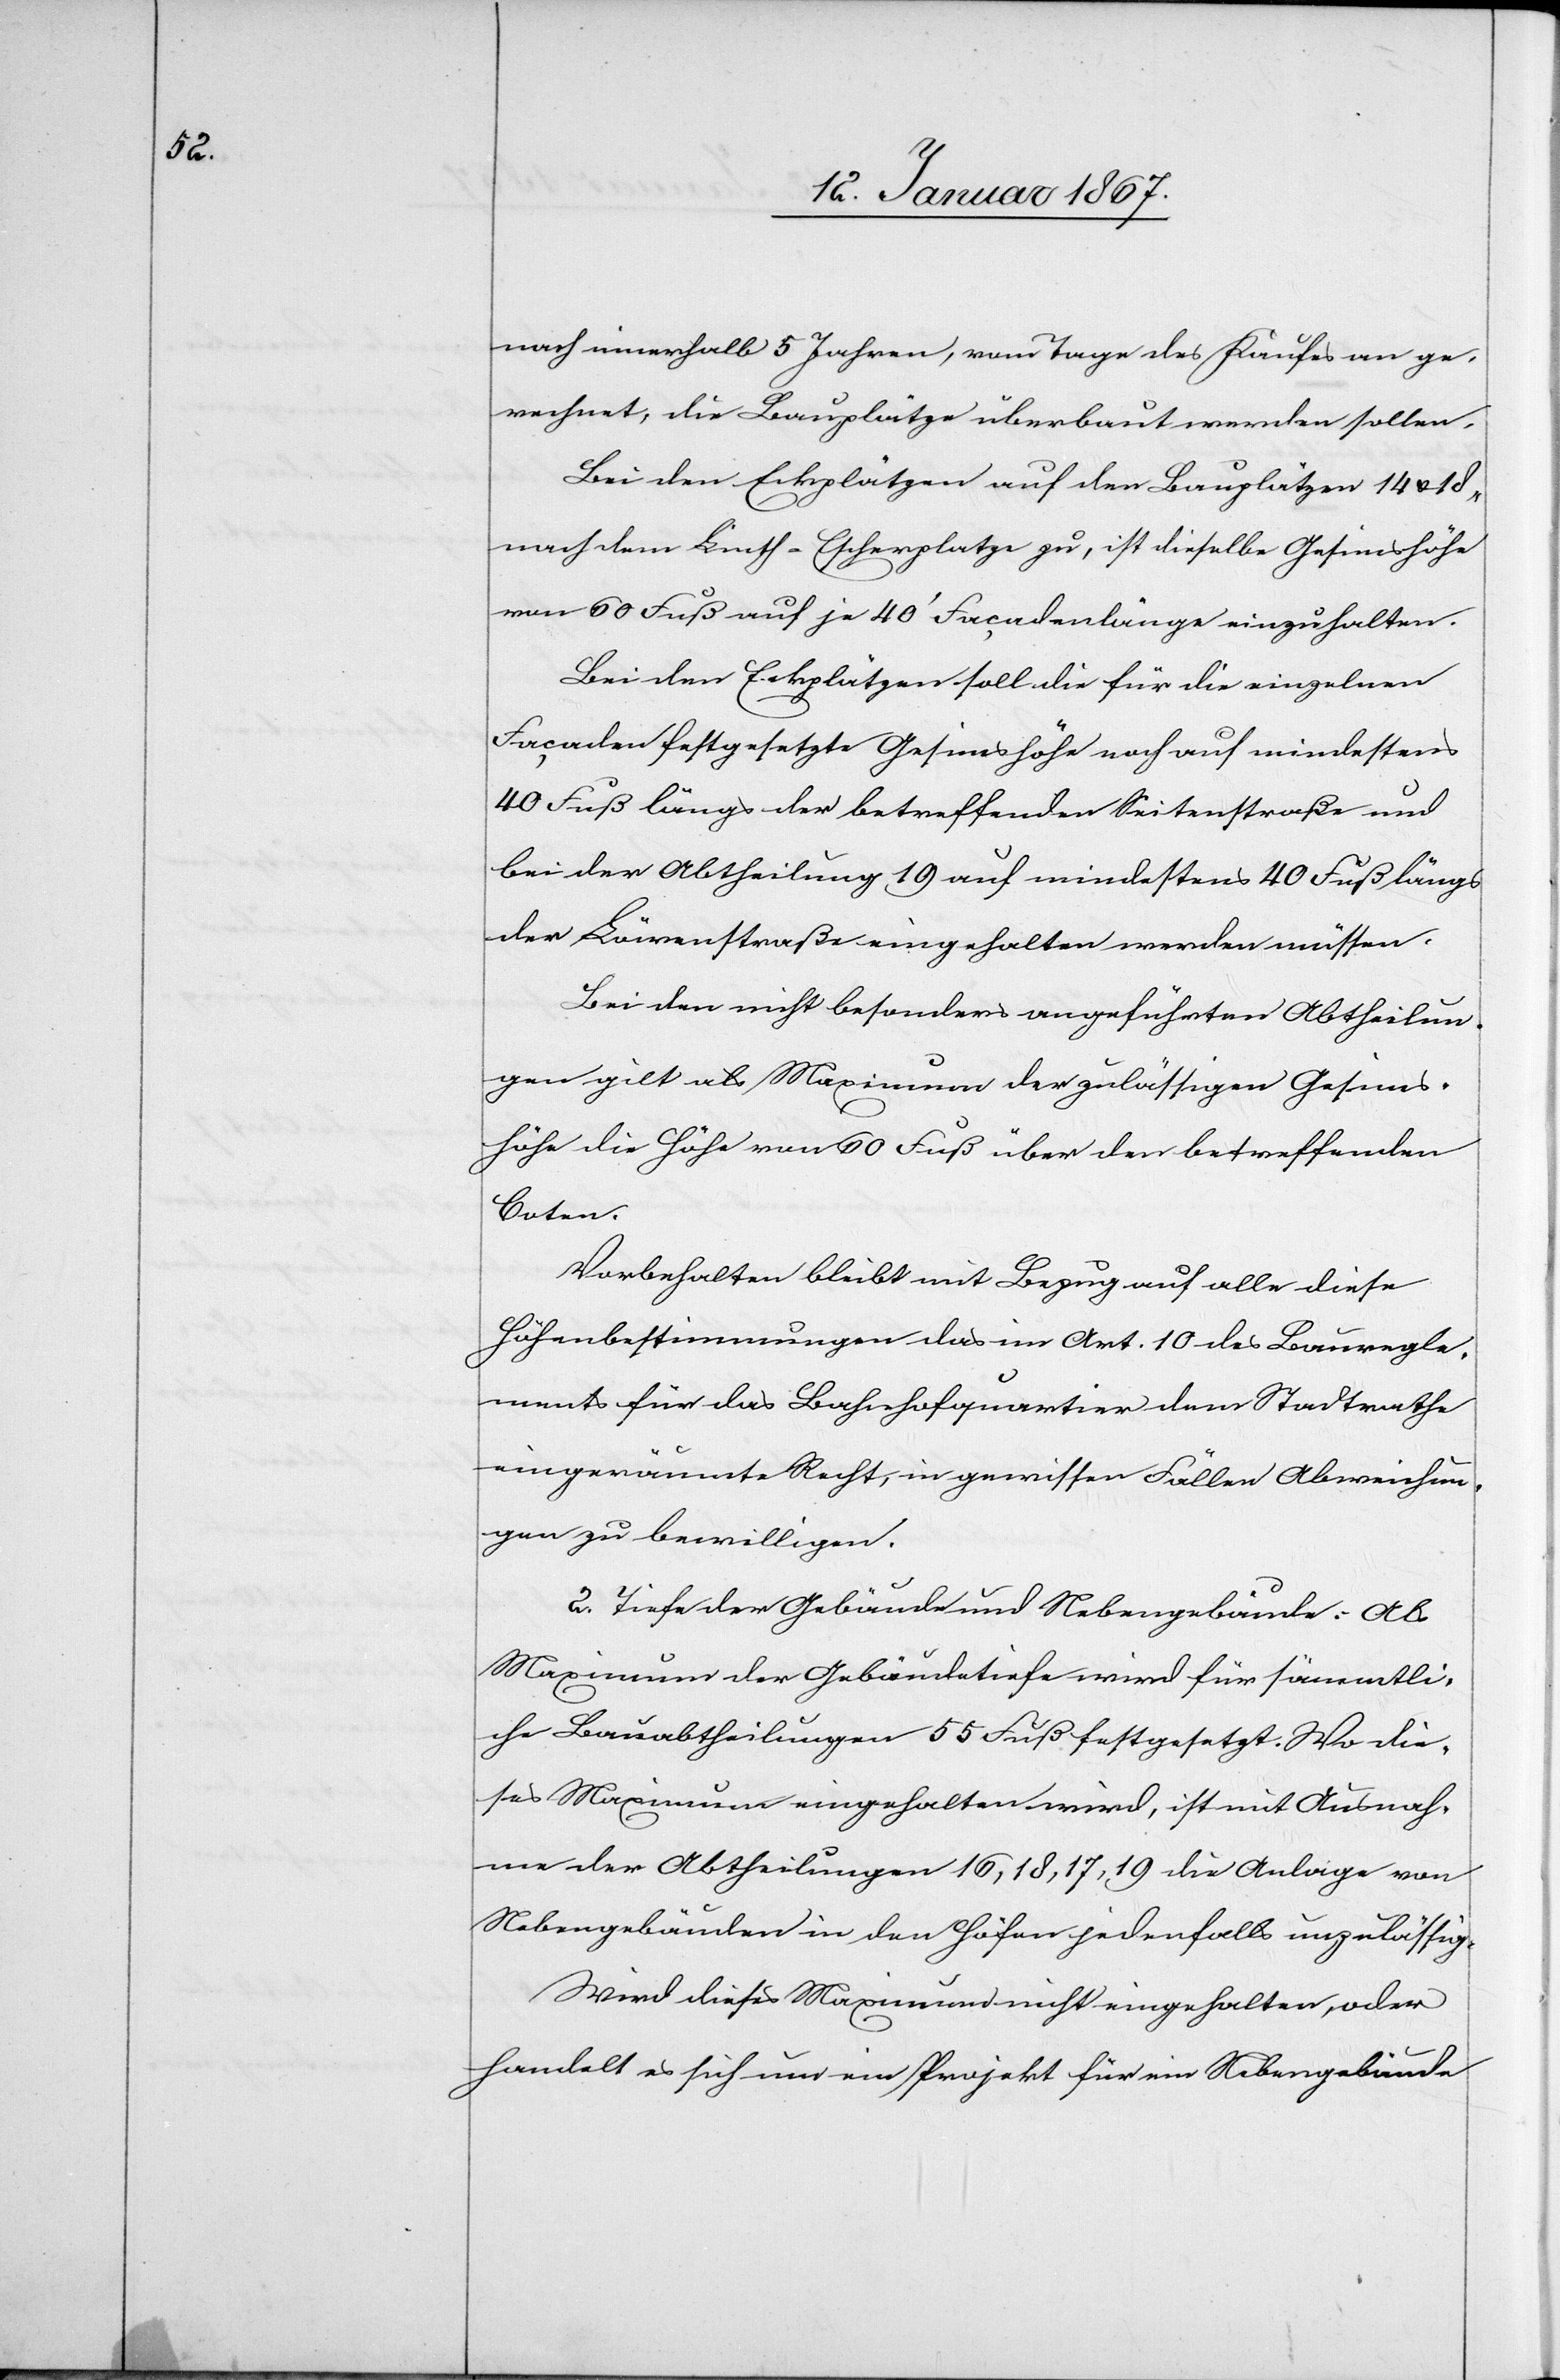
nach innerhalb 5 Jahren, vom Tage des Kaufes an ge¬
rechnet, die Bauplätze überbaut werden sollen.
Bei den Eckplätzen auf den Bauplätzen 14
nach dem Linth-Escherplatze zu, ist dieselbe Gesimshöhe
von 60 Fuß auf je 40’ Façadenlänge einzuhalten.
Bei den Eckplätzen soll die für die einzelnen
Façaden festgesetzte Gesimshöhe noch auf mindestens
40 Fuß längs der betreffenden Seitenstraße und
bei der Abtheilung 19 auf mindestens 40 Fuß längs
der Löwenstraße eingehalten werden müssen.
Bei den nicht besonders angeführten Abtheilun¬
gen gilt als Maximum der zulässigen Gesims¬
höhe die Höhe von 60 Fuß über den betreffenden
Coten.
Vorbehalten bleibt mit Bezug auf alle diese
Höhenbestimmungen das im Art. 10 des Bauregle¬
ments für das Bahnhofquartier dem Stadtrathe
eingeräumte Recht, in gewissen Fällen Abweichun¬
gen zu bewilligen.
2. Tiefe der Gebäude und Nebengebäude: Als
Maximum der Gebäudetiefe wird für sämmtli¬
che Bauabtheilungen 55 Fuß festgesetzt. Wo die¬
ses Maximum eingehalten wird, ist mit Ausnah¬
me der Abtheilungen 16, 18, 17, 19 die Anlage von
Nebengebäuden in den Höfen jedenfalls unzulässig.
Wird dieses Maximum nicht eingehalten, oder
handelt es sich um ein Projekt für ein Nebengebäude